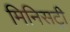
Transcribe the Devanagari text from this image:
मिनिसट्री